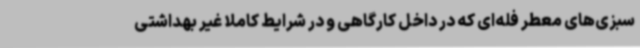
سبزی‌های معطر فله‌ای که در داخل کارگاهی و در شرایط کاملا غیر بهداشتی